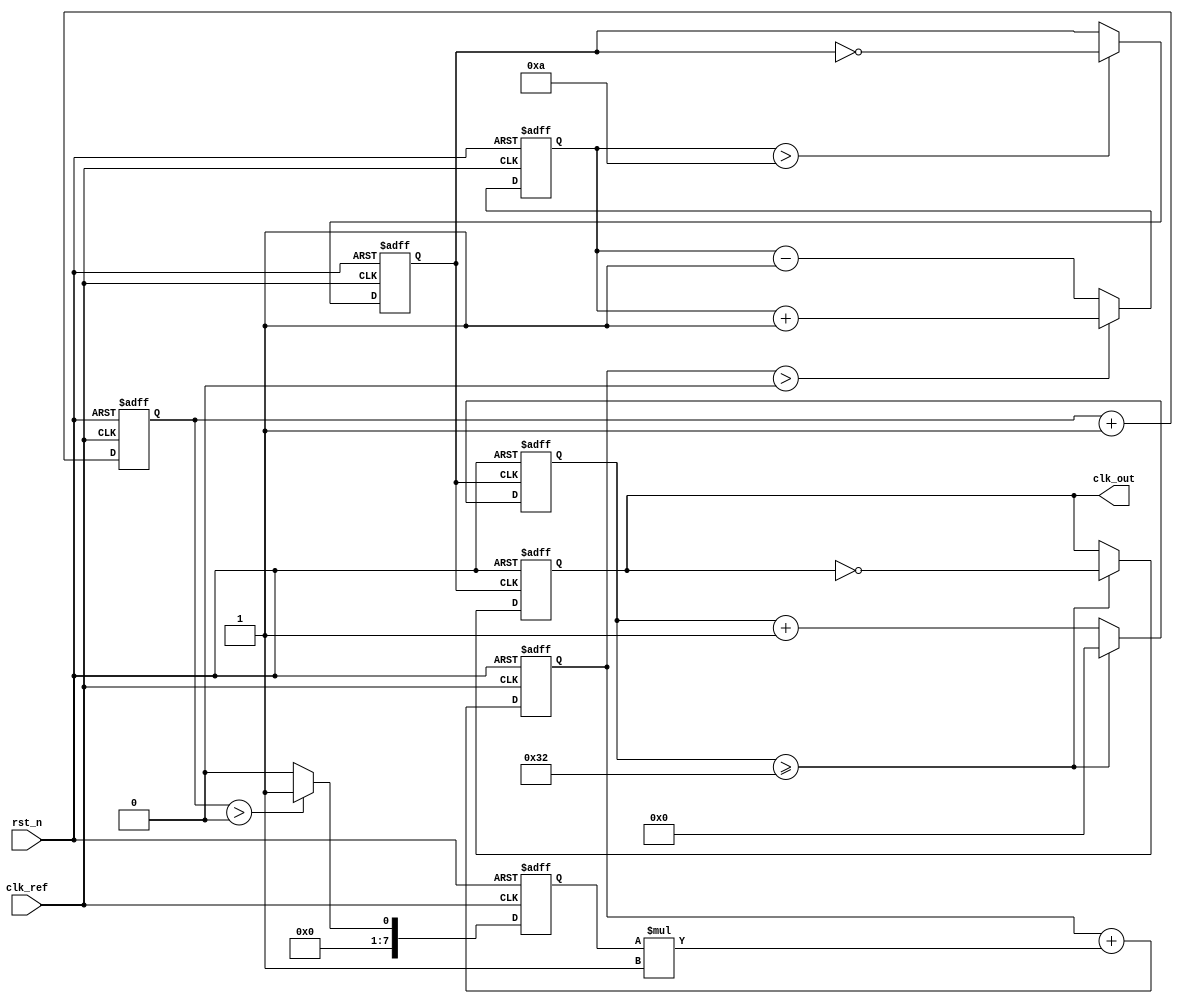
module sigma_delta_pll (
    input wire clk_ref,          // Reference clock input
    input wire rst_n,           // Active low reset
    output reg clk_out          // Output clock
);

// Parameters
parameter N = 8;               // Order of the sigma-delta modulator
parameter VCO_MAX_FREQ = 100;  // Maximum frequency of VCO
parameter VCO_MIN_FREQ = 10;   // Minimum frequency of VCO
parameter LOOP_FILTER_GAIN = 1; // Gain of the loop filter

// Internal signals
reg [N-1:0] phase_error;       // Phase error from PD
reg [N-1:0] sigma_delta_out;   // Output of sigma-delta modulator
reg [N-1:0] control_voltage;    // Control voltage for VCO
reg [N-1:0] vco_freq;           // Current frequency of VCO
reg [N-1:0] divider_count;      // Divider count for feedback
reg clk_vco;                    // VCO clock output

// Phase Detector (PD)
always @(posedge clk_ref or negedge rst_n) begin
    if (!rst_n) begin
        phase_error <= 0;
    end else begin
        // Simple phase error calculation (for demonstration)
        // In practice, this would be more complex
        phase_error <= phase_error + 1; // Placeholder for actual phase comparison
    end
end

// Sigma-Delta Modulator
always @(posedge clk_ref or negedge rst_n) begin
    if (!rst_n) begin
        sigma_delta_out <= 0;
    end else begin
        // Simple 1-bit quantizer
        if (phase_error > 0) begin
            sigma_delta_out <= 1;
        end else begin
            sigma_delta_out <= 0;
        end
    end
end

// Loop Filter (Simple first-order)
always @(posedge clk_ref or negedge rst_n) begin
    if (!rst_n) begin
        control_voltage <= 0;
    end else begin
        control_voltage <= control_voltage + (sigma_delta_out * LOOP_FILTER_GAIN);
    end
end

// Voltage-Controlled Oscillator (VCO)
always @(posedge clk_ref or negedge rst_n) begin
    if (!rst_n) begin
        vco_freq <= VCO_MIN_FREQ; // Initialize VCO frequency
    end else begin
        // Adjust VCO frequency based on control voltage
        if (control_voltage > 0) begin
            vco_freq <= vco_freq + 1; // Increase frequency
        end else begin
            vco_freq <= vco_freq - 1; // Decrease frequency
        end
    end
end

// Divider
always @(posedge clk_vco or negedge rst_n) begin
    if (!rst_n) begin
        divider_count <= 0;
        clk_out <= 0;
    end else begin
        divider_count <= divider_count + 1;
        if (divider_count >= (VCO_MAX_FREQ / 2)) begin
            clk_out <= ~clk_out; // Toggle output clock
            divider_count <= 0;   // Reset divider count
        end
    end
end

// VCO clock generation (for demonstration)
always @(posedge clk_ref or negedge rst_n) begin
    if (!rst_n) begin
        clk_vco <= 0;
    end else begin
        // Simple VCO clock generation based on frequency
        clk_vco <= (vco_freq > VCO_MIN_FREQ) ? ~clk_vco : clk_vco;
    end
end

endmodule